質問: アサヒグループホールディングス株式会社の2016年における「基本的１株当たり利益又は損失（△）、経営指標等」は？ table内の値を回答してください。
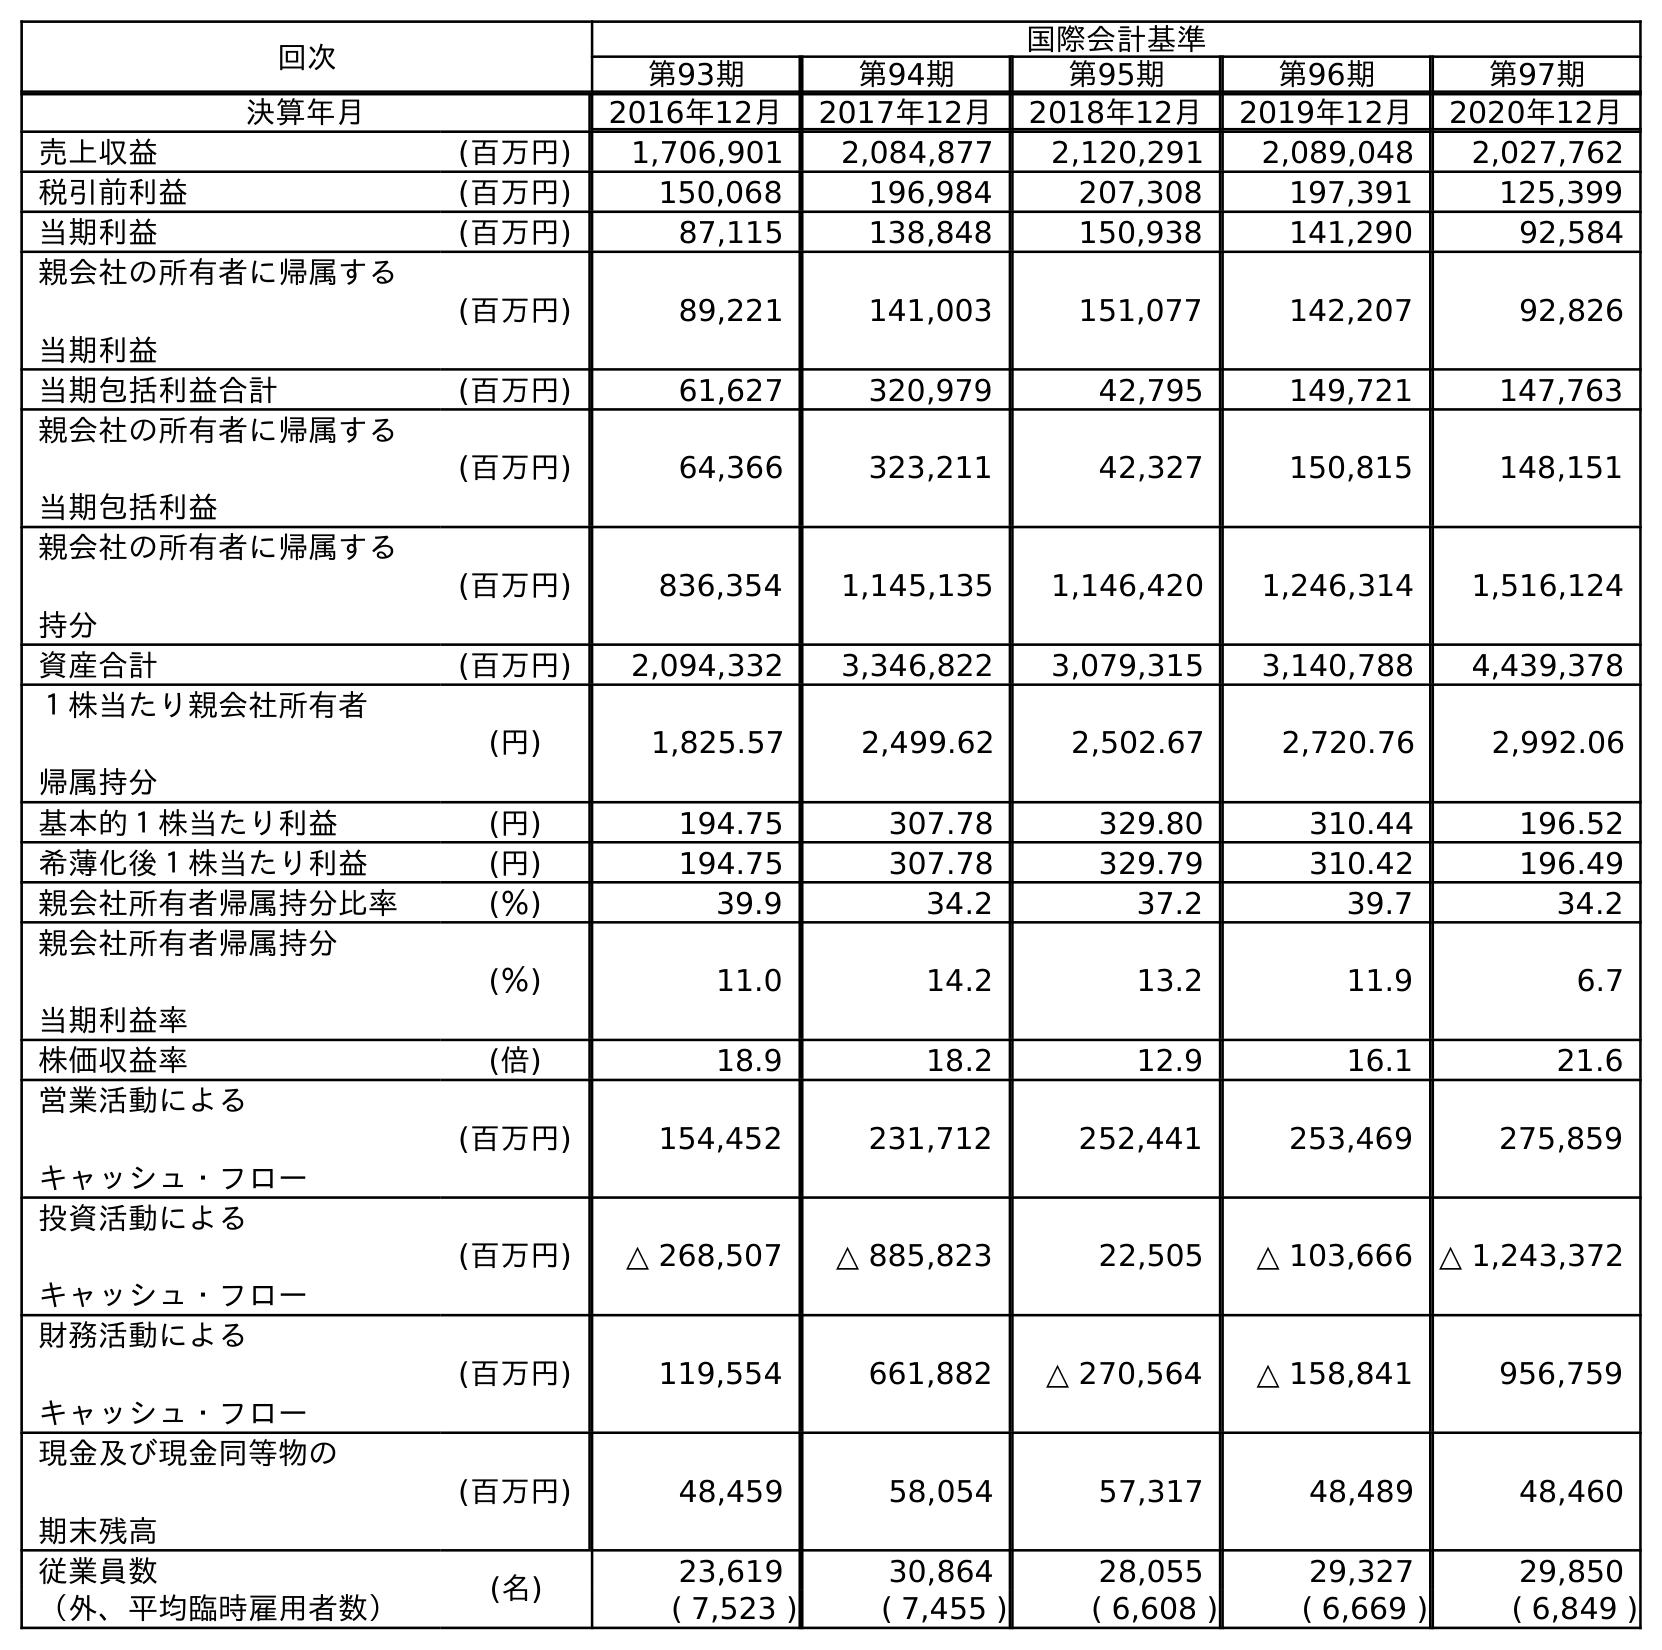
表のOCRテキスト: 回次 国際会計基準 第93期 第94期 第95期 第96期 第97期 決算年月 2016年12月 2017年12月 2018年12月 2019年12月 2020年12月 売上収益 (百万円) 1,706,901 2,084,877 2,120,291 2,089,048 2,027,762 税引前利益 (百万円) 150,068 196,984 207,308 197,391 125,399 当期利益 (百万円) 87,115 138,848 150,938 141,290 92,584 親会社の所有者に帰属する 当期利益 (百万円) 89,221 141,003 151,077 142,207 92,826 当期包括利益合計 (百万円) 61,627 320,979 42,795 149,721 147,763 親会社の所有者に帰属する 当期包括利益 (百万円) 64,366 323,211 42,327 150,815 148,151 親会社の所有者に帰属する 持分 (百万円) 836,354 1,145,135 1,146,420 1,246,314 1,516,124 資産合計 (百万円) 2,094,332 3,346,822 3,079,315 3,140,788 4,439,378 １株当たり親会社所有者 帰属持分 (円) 1,825.57 2,499.62 2,502.67 2,720.76 2,992.06 基本的１株当たり利益 (円) 194.75 307.78 329.80 310.44 196.52 希薄化後１株当たり利益 (円) 194.75 307.78 329.79 310.42 196.49 親会社所有者帰属持分比率 (％) 39.9 34.2 37.2 39.7 34.2 親会社所有者帰属持分 当期利益率 (％) 11.0 14.2 13.2 11.9 6.7 株価収益率 (倍) 18.9 18.2 12.9 16.1 21.6 営業活動による キャッシュ・フロー (百万円) 154,452 231,712 252,441 253,469 275,859 投資活動による キャッシュ・フロー (百万円) △ 268,507 △ 885,823 22,505 △ 103,666 △ 1,243,372 財務活動による キャッシュ・フロー (百万円) 119,554 661,882 △ 270,564 △ 158,841 956,759 現金及び現金同等物の 期末残高 (百万円) 48,459 58,054 57,317 48,489 48,460 従業員数 (名) 23,619 30,864 28,055 29,327 29,850 （外、平均臨時雇用者数） ( 7,523 ) ( 7,455 ) ( 6,608 ) ( 6,669 ) ( 6,849 )
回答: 194.75